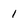
Character: 1